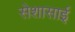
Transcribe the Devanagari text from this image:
सेशासाई